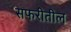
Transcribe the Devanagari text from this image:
सफरीतील